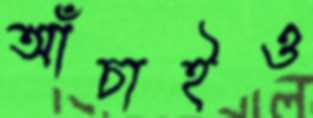
আঁচাইও